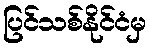
ပြင်သစ်နိုင်ငံမှ